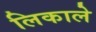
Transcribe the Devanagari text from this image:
लिकाले